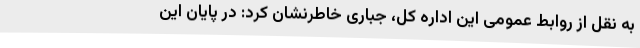
به نقل از روابط عمومی این اداره کل، جباری خاطرنشان کرد: در پایان این